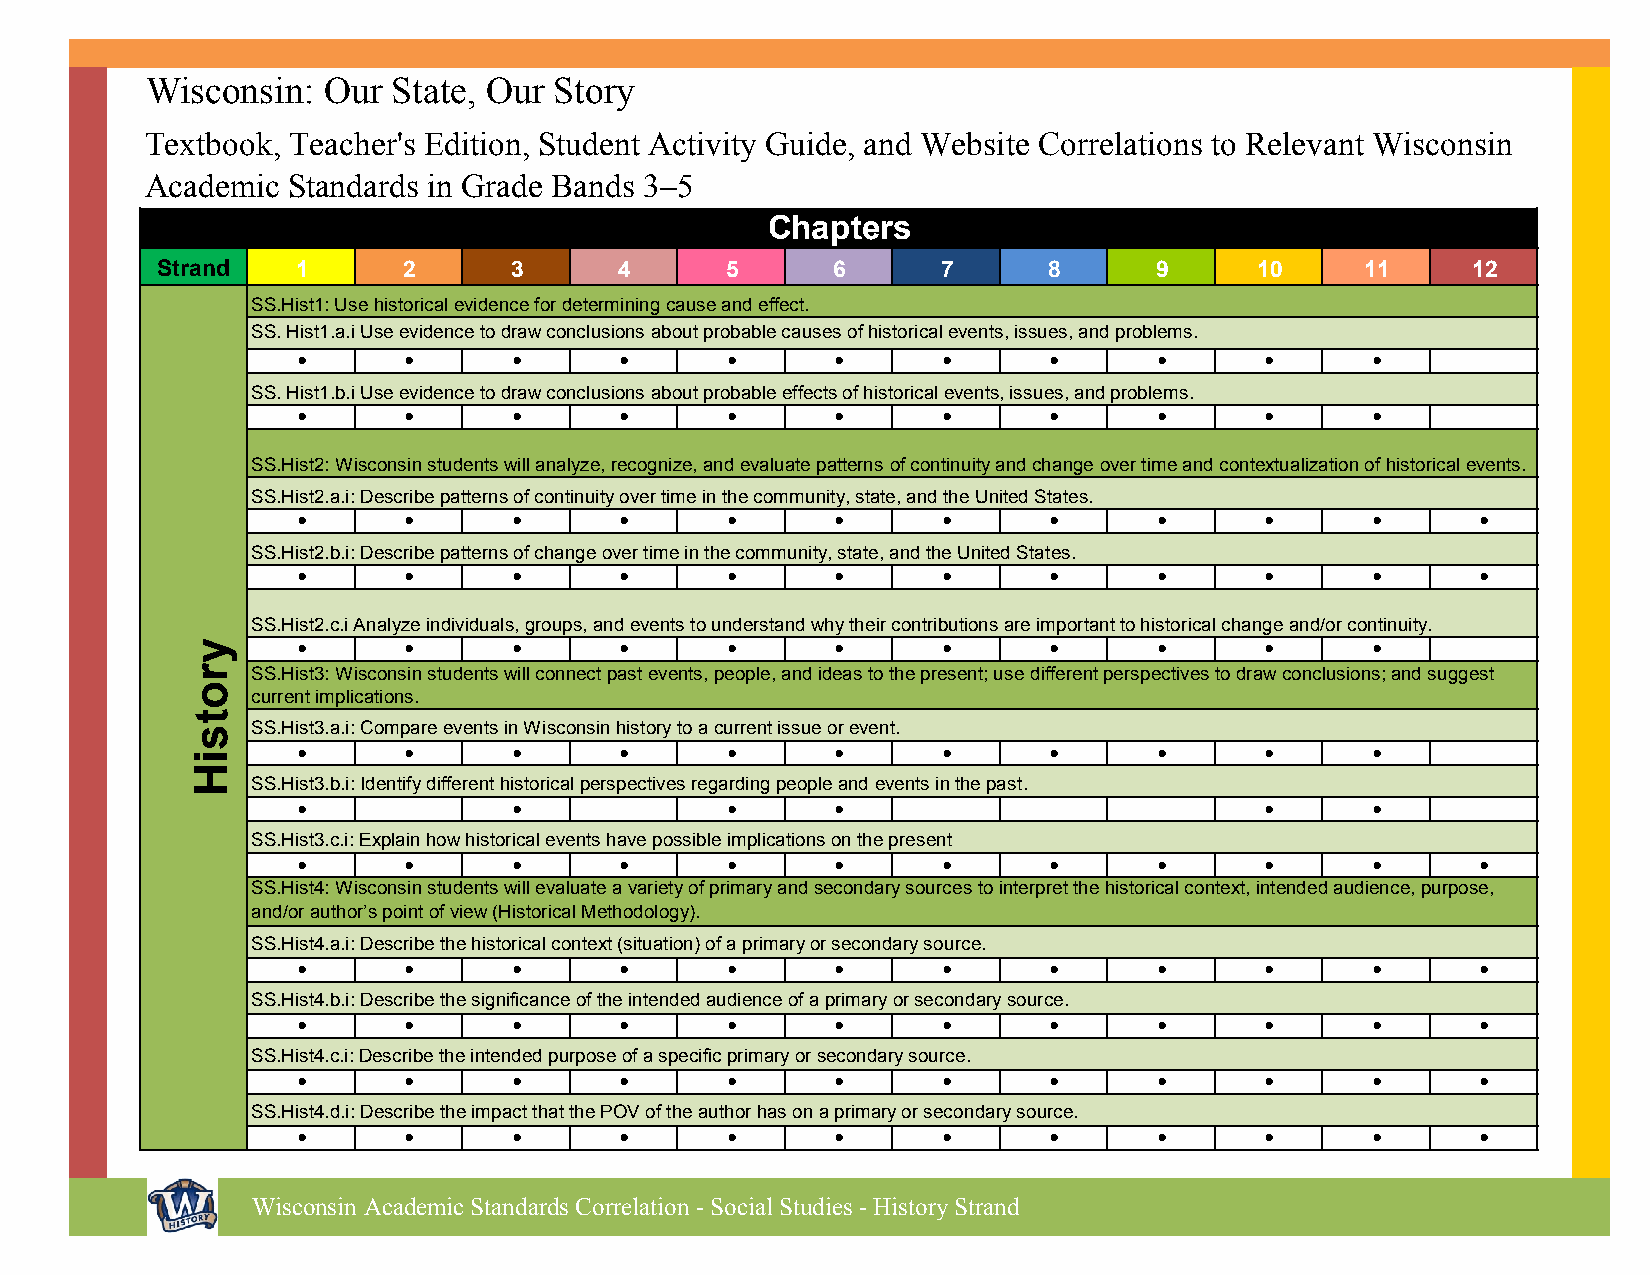
Wisconsin:  Our  State, Our Story
 Textbook, Teacher's Edition, Student Activity Guide, and Website Correlations to Relevant Wisconsin
 Academic  Standards in Grade Bands 3–5
 Chapters
 Strand   1      2      3       4      5      6      7      8      9      10     11     12
 SS.Hist1: Use historical evidence for determining cause and effect.
 SS. Hist1.a.i Use evidence to draw conclusions about probable causes of historical events, issues, and problems.
 •      •       •      •      •      •      •      •      •      •      •
 SS. Hist1.b.i Use evidence to draw conclusions about probable effects of historical events, issues, and problems.
 •      •       •      •      •      •      •      •      •      •      •
 SS.Hist2: Wisconsin students will analyze, recognize, and evaluate patterns of continuity and change over time and contextualization of historical events.
 SS.Hist2.a.i: Describe patterns of continuity over time in the community, state, and the United States.
 •      •       •      •      •      •      •      •      •      •      •       •
 SS.Hist2.b.i: Describe patterns of change over time in the community, state, and the United States.
 •      •       •      •      •      •      •      •      •      •      •       •
 SS.Hist2.c.i Analyze individuals, groups, and events to understand why their contributions are important to historical change and/or continuity.
 •      •       •      •      •      •      •      •      •      •      •
 SS.Hist3: Wisconsin students will connect past events, people, and ideas to the present; use different perspectives to draw conclusions; and suggest
 current implications.
 SS.Hist3.a.i: Compare events in Wisconsin history to a current issue or event.
 •      •       •      •      •      •      •      •      •      •      •
 SS.Hist3.b.i: Identify different historical perspectives regarding people and events in the past.
 •              •             •      •                           •      •
 SS.Hist3.c.i: Explain how historical events have possible implications on the present
 •      •       •      •      •      •      •      •      •      •      •       •
 SS.Hist4: Wisconsin students will evaluate a variety of primary and secondary sources to interpret the historical context, intended audience, purpose,
 and/or author’s point of view (Historical Methodology).
 SS.Hist4.a.i: Describe the historical context (situation) of a primary or secondary source.
 •      •       •      •      •      •      •      •      •      •      •       •
 SS.Hist4.b.i: Describe the significance of the intended audience of a primary or secondary source.
 •      •       •      •      •      •      •      •      •      •      •       •
 SS.Hist4.c.i: Describe the intended purpose of a specific primary or secondary source.
 •      •       •      •      •      •      •      •      •      •      •       •
 SS.Hist4.d.i: Describe the impact that the POV of the author has on a primary or secondary source.
 •      •       •      •      •      •      •      •      •      •      •       •
 Wisconsin Academic Standards Correlation - Social Studies - History Strand
 yrotsiH